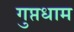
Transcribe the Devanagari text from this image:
गुप्तधाम